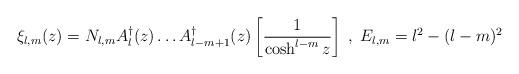
LaTeX: \begin{align*}\xi _{l,m}(z)=N_{l,m}A_{l}^{\dagger }(z)\dots A_{l-m+1}^{\dagger }(z)\left[ \frac{1}{\cosh ^{l-m}z}\right] \; ,\; E_{l,m}=l^{2}-(l-m)^{2}\end{align*}